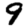
Digit: 9